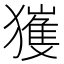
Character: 𱮨